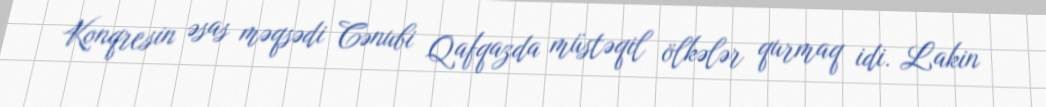
Konqresin əsas məqsədi Cənubi Qafqazda müstəqil ölkələr qurmaq idi. Lakin